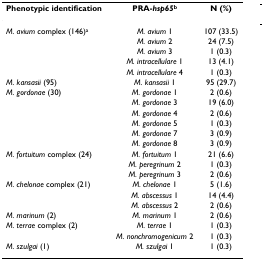
<table><thead><tr><td><b>Phenotypic identification</b></td><td><b>PRA-<i>hsp65</i><sup>b</sup></b></td><td><b>N (%)</b></td></tr></thead><tbody><tr><td><i>M. avium </i>complex (146)<sup>a</sup></td><td><i>M. avium </i>1</td><td>107 (33.5)</td></tr><tr><td></td><td><i>M. avium </i>2</td><td>24 (7.5)</td></tr><tr><td></td><td><i>M. avium </i>3</td><td>1 (0.3)</td></tr><tr><td></td><td><i>M. intracellulare </i>1</td><td>13 (4.1)</td></tr><tr><td></td><td><i>M. intracellulare </i>4</td><td>1 (0.3)</td></tr><tr><td><i>M. kansasii </i>(95)</td><td><i>M. kansasii </i>1</td><td>95 (29.7)</td></tr><tr><td><i>M. gordonae </i>(30)</td><td><i>M. gordonae </i>1</td><td>2 (0.6)</td></tr><tr><td></td><td><i>M. gordonae </i>3</td><td>19 (6.0)</td></tr><tr><td></td><td><i>M. gordonae </i>4</td><td>2 (0.6)</td></tr><tr><td></td><td><i>M. gordonae </i>5</td><td>1 (0.3)</td></tr><tr><td></td><td><i>M. gordonae </i>7</td><td>3 (0.9)</td></tr><tr><td></td><td><i>M. gordonae </i>8</td><td>3 (0.9)</td></tr><tr><td><i>M. fortuitum </i>complex (24)</td><td><i>M. fortuitum </i>1</td><td>21 (6.6)</td></tr><tr><td></td><td><i>M. peregrinum </i>2</td><td>1 (0.3)</td></tr><tr><td></td><td><i>M. peregrinum </i>3</td><td>2 (0.6)</td></tr><tr><td><i>M. chelonae </i>complex (21)</td><td><i>M. chelonae </i>1</td><td>5 (1.6)</td></tr><tr><td></td><td><i>M. abscessus </i>1</td><td>14 (4.4)</td></tr><tr><td></td><td><i>M. abscessus </i>2</td><td>2 (0.6)</td></tr><tr><td><i>M. marinum </i>(2)</td><td><i>M. marinum </i>1</td><td>2 (0.6)</td></tr><tr><td><i>M. terrae </i>complex (2)</td><td><i>M. terrae </i>1</td><td>1 (0.3)</td></tr><tr><td></td><td><i>M. nonchromogenicum </i>2</td><td>1 (0.3)</td></tr><tr><td><i>M. szulgai </i>(1)</td><td><i>M. szulgai </i>1</td><td>1 (0.3)</td></tr></tbody></table>